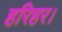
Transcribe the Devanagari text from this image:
हरिहर।